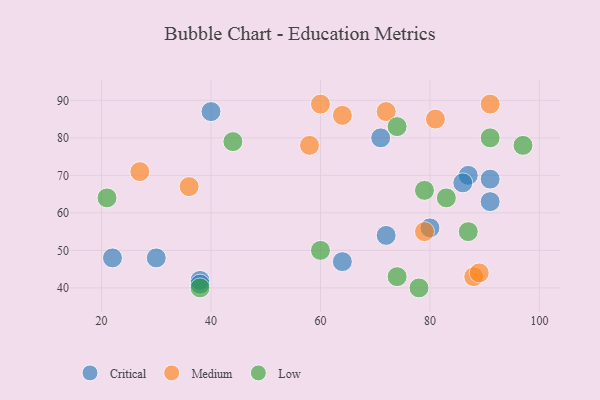
{"axis": {"x": "GDP", "y": "Life Expectancy"}, "legend": ["Critical", "Low", "Medium"], "data": [{"x": "87", "y": 70, "type": "Critical"}, {"x": "72", "y": 54, "type": "Critical"}, {"x": "30", "y": 48, "type": "Critical"}, {"x": "91", "y": 69, "type": "Critical"}, {"x": "86", "y": 68, "type": "Critical"}, {"x": "91", "y": 63, "type": "Critical"}, {"x": "64", "y": 47, "type": "Critical"}, {"x": "38", "y": 42, "type": "Critical"}, {"x": "80", "y": 56, "type": "Critical"}, {"x": "71", "y": 80, "type": "Critical"}, {"x": "38", "y": 41, "type": "Critical"}, {"x": "22", "y": 48, "type": "Critical"}, {"x": "40", "y": 87, "type": "Critical"}, {"x": "88", "y": 43, "type": "Medium"}, {"x": "81", "y": 85, "type": "Medium"}, {"x": "91", "y": 89, "type": "Medium"}, {"x": "60", "y": 89, "type": "Medium"}, {"x": "58", "y": 78, "type": "Medium"}, {"x": "64", "y": 86, "type": "Medium"}, {"x": "89", "y": 44, "type": "Medium"}, {"x": "27", "y": 71, "type": "Medium"}, {"x": "79", "y": 55, "type": "Medium"}, {"x": "36", "y": 67, "type": "Medium"}, {"x": "72", "y": 87, "type": "Medium"}, {"x": "78", "y": 40, "type": "Low"}, {"x": "74", "y": 83, "type": "Low"}, {"x": "60", "y": 50, "type": "Low"}, {"x": "79", "y": 66, "type": "Low"}, {"x": "87", "y": 55, "type": "Low"}, {"x": "21", "y": 64, "type": "Low"}, {"x": "83", "y": 64, "type": "Low"}, {"x": "74", "y": 43, "type": "Low"}, {"x": "38", "y": 40, "type": "Low"}, {"x": "97", "y": 78, "type": "Low"}, {"x": "44", "y": 79, "type": "Low"}, {"x": "91", "y": 80, "type": "Low"}]}